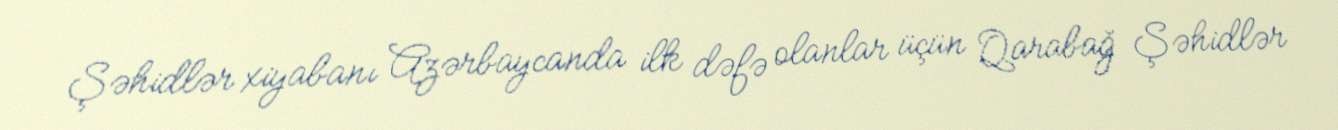
Şəhidlər xiyabanı Azərbaycanda ilk dəfə olanlar üçün Qarabağ Şəhidlər